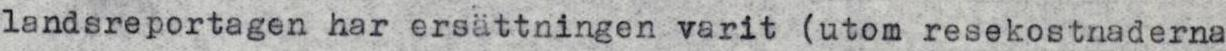
landsreportagen har ersättningen varit (utom resekostnaderna